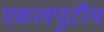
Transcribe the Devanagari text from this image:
एकलपुटीय